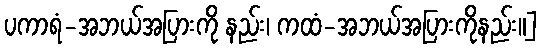
ပကာရံ-အဘယ်အပြားကို နည်း၊ ကထံ-အဘယ်အပြားကိုနည်း။]